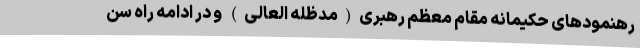
رهنمودهای حکیمانه مقام معظم رهبری(مدظله العالی) و در ادامه راه سن